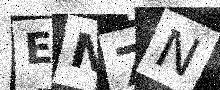
Text: EN7N